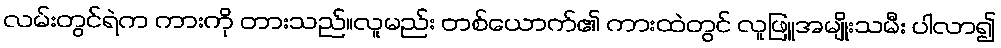
လမ်းတွင်ရဲက ကားကို တားသည်။လူမည်း တစ်ယောက်၏ ကားထဲတွင် လူဖြူအမျိုးသမီး ပါလာ၍